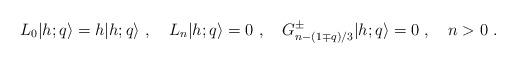
LaTeX: \begin{align*}L_0\vert{h;q}\rangle=h\vert{h;q}\rangle{}~,{}~{}~{}~L_n\vert{h;q}\rangle=0{}~,{}~{}~{}~G^{\pm} _{n-(1\mp q)/3}\vert{h;q}\rangle=0{}~,{}~{}~{}~n>0{}~.\end{align*}